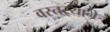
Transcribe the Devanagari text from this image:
वस्तर्‍याने